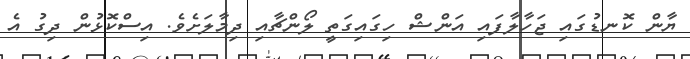
ޔާން ކޮނޑުގައި ޖަހާލާފައި އަންޝް ހިގައިގަތީ ލޯންޗާއި ދިމާލަށެވެ. އިސްކޮޅުން ދިގު އެ